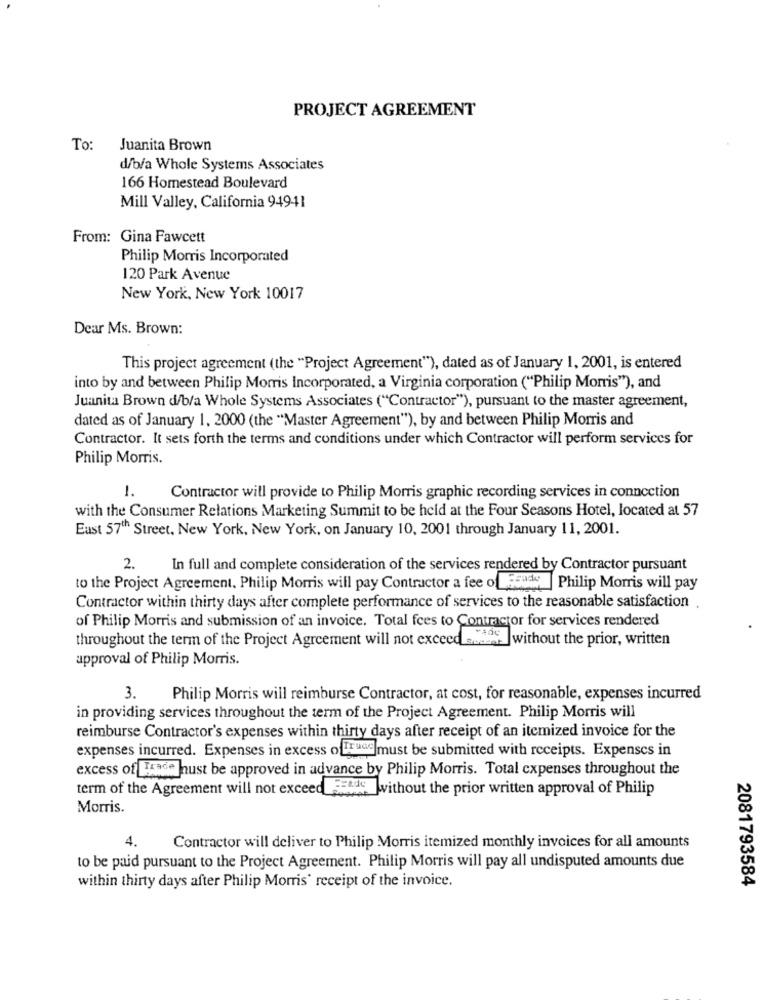
PROJECT AGREEMENT
To:
Juanita Brown
d/b/a Whole Systems Associates
166 Homestead Boulevard
Mill Valley, California 94941
From: Gina Fawcett
Philip Morris Incorporated
120 Park Avenue
New York, New York 10017
Dear Ms. Brown:
This project agreement (the "Project Agreement"), dated as of January 1, 2001, is entered
into by and between Philip Morris Incorporated, a Virginia corporation ("Philip Morris"), and
Juanita Brown d/b/a Whole Systems Associates ("Contractor"), pursuant to the master agreement,
dated as of January 1, 2000 (the "Master Agreement"), by and between Philip Morris and
Contractor. It sets forth the terms and conditions under which Contractor will perform services for
Philip Morris.
1.
Contractor will provide to Philip Morris graphic recording services in connection
with the Consumer Relations Marketing Summit to be held at the Four Seasons Hotel, located at 57
Eust 57th Street, New York, New York, on January 10, 2001 through January 11, 2001.
2.
In full and complete consideration of the services rendered by Contractor pursuant
to the Project Agreement, Philip Morris will pay Contractor a fee of Jeude | Philip Morris will pay
Contractor within thirty days after complete performance of services to the reasonable satisfaction
1.
of Philip Morris and submission of an invoice. Total fees to Contractor for services rendered
throughout the term of the Project Agreement will not exceed .... without the prior, written
approval of Philip Morris.
3.
Philip Morris will reimburse Contractor, at cost, for reasonable, expenses incurred
in providing services throughout the term of the Project Agreement. Philip Morris will
reimburse Contractor's expenses within thirty days after receipt of an itemized invoice for the
expenses incurred. Expenses in excess ofTruce must be submitted with receipts. Expenses in
excess of Trade hust be approved in advance by Philip Morris. Total expenses throughout the
term of the Agreement will not exceed JE4de without the prior written approval of Philip
Morris.
4.
Contractor will deliver to Philip Morris itemized monthly invoices for all amounts
to be paid pursuant to the Project Agreement. Philip Morris will pay all undisputed amounts due
2081793584
within thirty days after Philip Morris' receipt of the invoice.